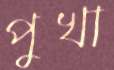
পুখা